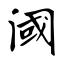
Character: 阈